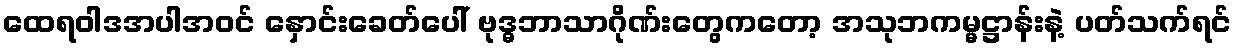
ထေရဝါဒအပါအဝင် နှောင်းခေတ်ပေါ် ဗုဒ္ဓဘာသာဂိုဏ်းတွေကတော့ အသုဘကမ္မဋ္ဌာန်းနဲ့ ပတ်သက်ရင်